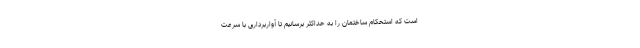
است که استحکام ساختمان را به حداکثر برسانیم تا آواربرداری با سرعت